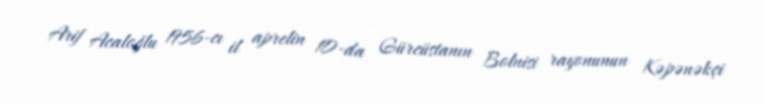
Arif Acaloğlu 1956-cı il aprelin 10-da Gürcüstanın Bolnisi rayonunun Kəpənəkçi